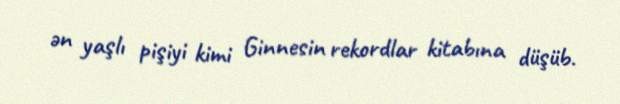
ən yaşlı pişiyi kimi Ginnesin rekordlar kitabına düşüb.